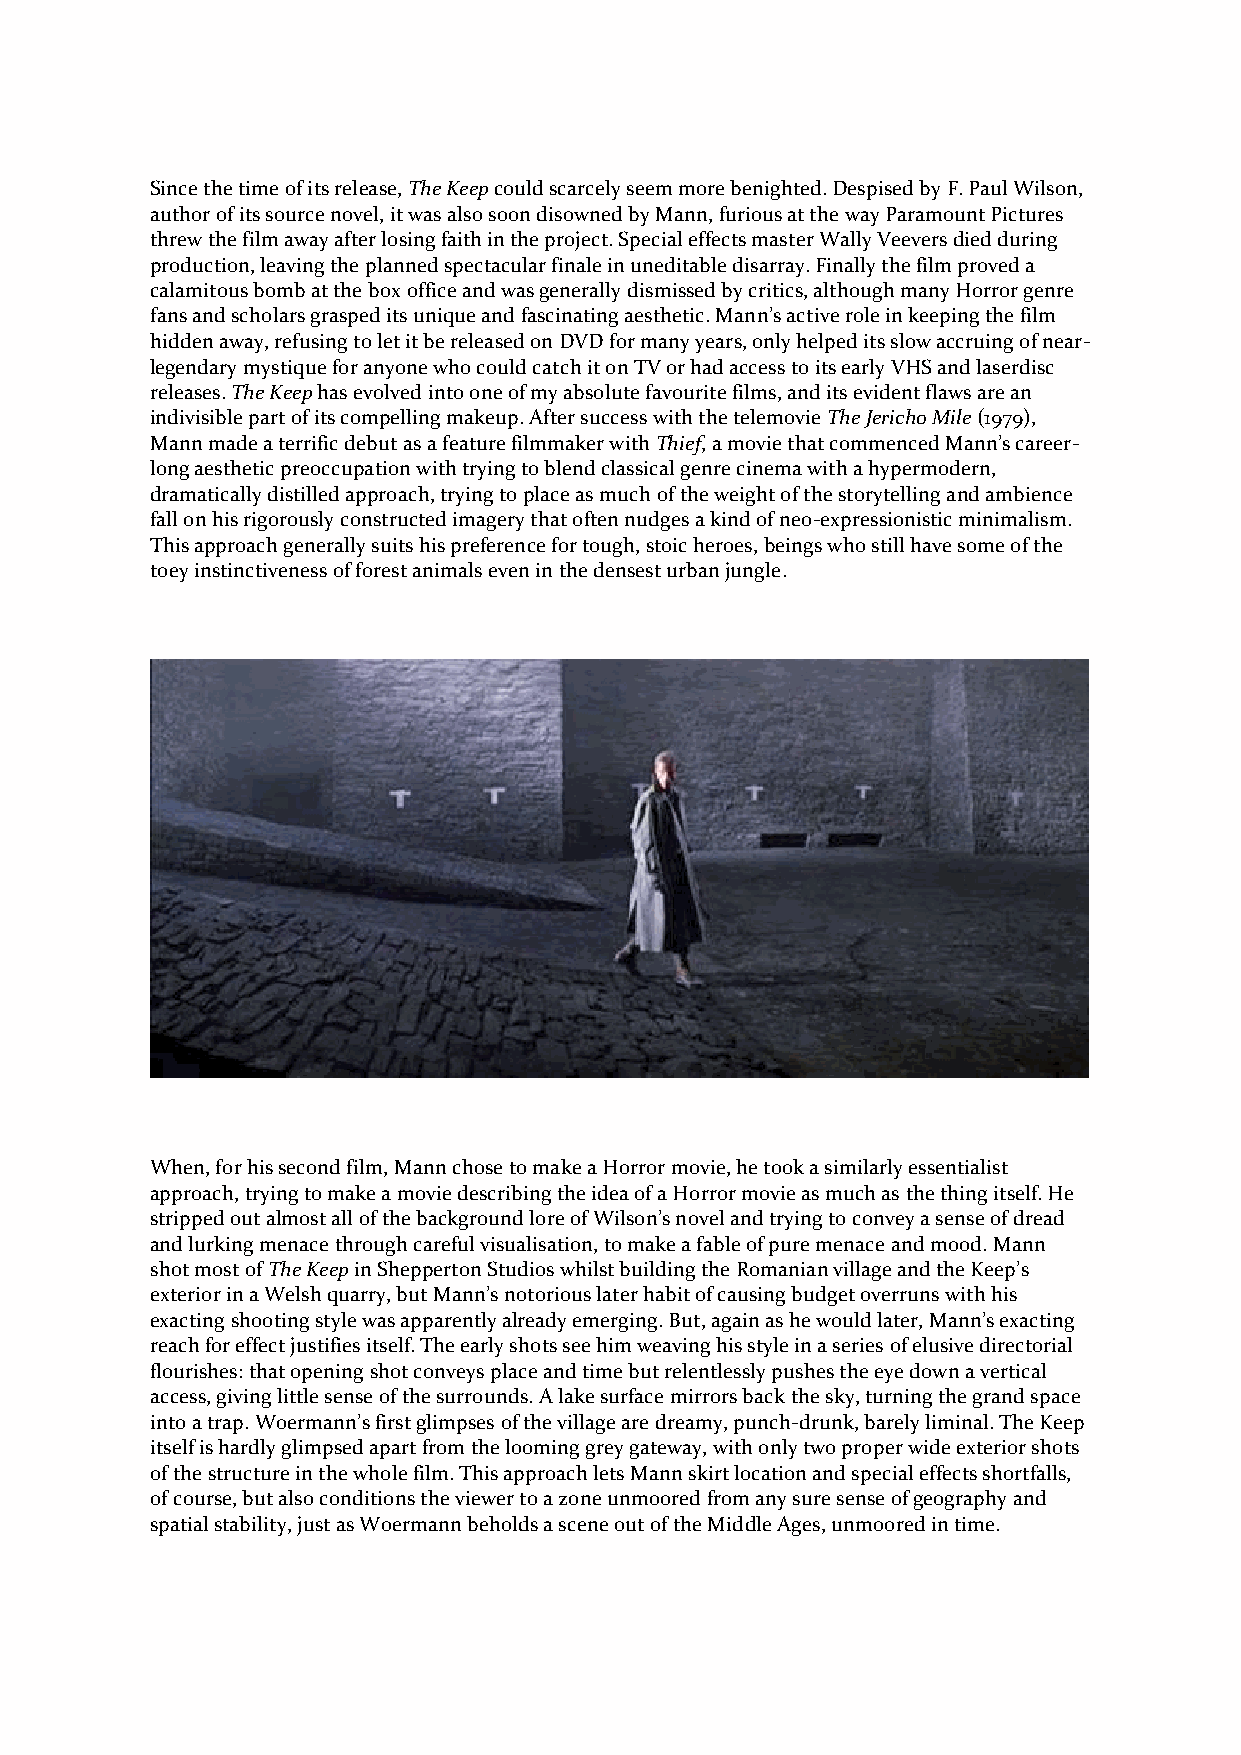
Since the time of its release, The Keep could scarcely seem more benighted. Despised by F. Paul Wilson,
 author of its source novel, it was also soon disowned by Mann, furious at the way Paramount Pictures
 threw the film away after losing faith in the project. Special effects master Wally Veevers died during
 production, leaving the planned spectacular finale in uneditable disarray. Finally the film proved a
 calamitous bomb at the box office and was generally dismissed by critics, although many Horror genre
 fans and scholars grasped its unique and fascinating aesthetic. Mann’s active role in keeping the film
 hidden away, refusing to let it be released on DVD for many years, only helped its slow accruing of near-
 legendary mystique for anyone who could catch it on TV or had access to its early VHS and laserdisc
 releases. The Keep has evolved into one of my absolute favourite films, and its evident flaws are an
 indivisible part of its compelling makeup. After success with the telemovie The Jericho Mile (1979),
 Mann made a terrific debut as a feature filmmaker with Thief, a movie that commenced Mann’s career-
 long aesthetic preoccupation with trying to blend classical genre cinema with a hypermodern,
 dramatically distilled approach, trying to place as much of the weight of the storytelling and ambience
 fall on his rigorously constructed imagery that often nudges a kind of neo-expressionistic minimalism.
 This approach generally suits his preference for tough, stoic heroes, beings who still have some of the
 toey instinctiveness of forest animals even in the densest urban jungle.
 When, for his second film, Mann chose to make a Horror movie, he took a similarly essentialist
 approach, trying to make a movie describing the idea of a Horror movie as much as the thing itself. He
 stripped out almost all of the background lore of Wilson’s novel and trying to convey a sense of dread
 and lurking menace through careful visualisation, to make a fable of pure menace and mood. Mann
 shot most of The Keep in Shepperton Studios whilst building the Romanian village and the Keep’s
 exterior in a Welsh quarry, but Mann’s notorious later habit of causing budget overruns with his
 exacting shooting style was apparently already emerging. But, again as he would later, Mann’s exacting
 reach for effect justifies itself. The early shots see him weaving his style in a series of elusive directorial
 flourishes: that opening shot conveys place and time but relentlessly pushes the eye down a vertical
 access, giving little sense of the surrounds. A lake surface mirrors back the sky, turning the grand space
 into a trap. Woermann’s first glimpses of the village are dreamy, punch-drunk, barely liminal. The Keep
 itself is hardly glimpsed apart from the looming grey gateway, with only two proper wide exterior shots
 of the structure in the whole film. This approach lets Mann skirt location and special effects shortfalls,
 of course, but also conditions the viewer to a zone unmoored from any sure sense of geography and
 spatial stability, just as Woermann beholds a scene out of the Middle Ages, unmoored in time.